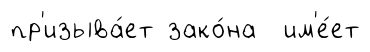
пр'изыва́ет зако́на им'е́ет